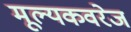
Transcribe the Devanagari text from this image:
मूल्यकवरेज